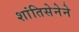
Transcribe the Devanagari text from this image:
शांतिसेनेने